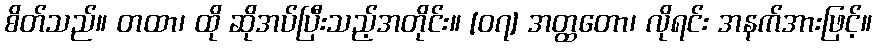
စိတ်သည်။ တထာ၊ ထို ဆိုအပ်ပြီးသည့်အတိုင်း။ [၀၇] အတ္ထတော၊ လိုရင်း အနက်အားဖြင့်။